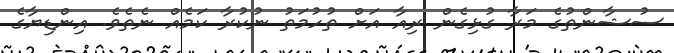
ސުޝާންތުގެ މަރާ ގުޅިގެން ރިއާ އަށް ތުހުމަތު ނުކުރާ ކަމެއް ނެތެވެ. އިންޑިޔާގެ